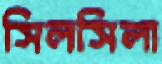
সিলসিলা